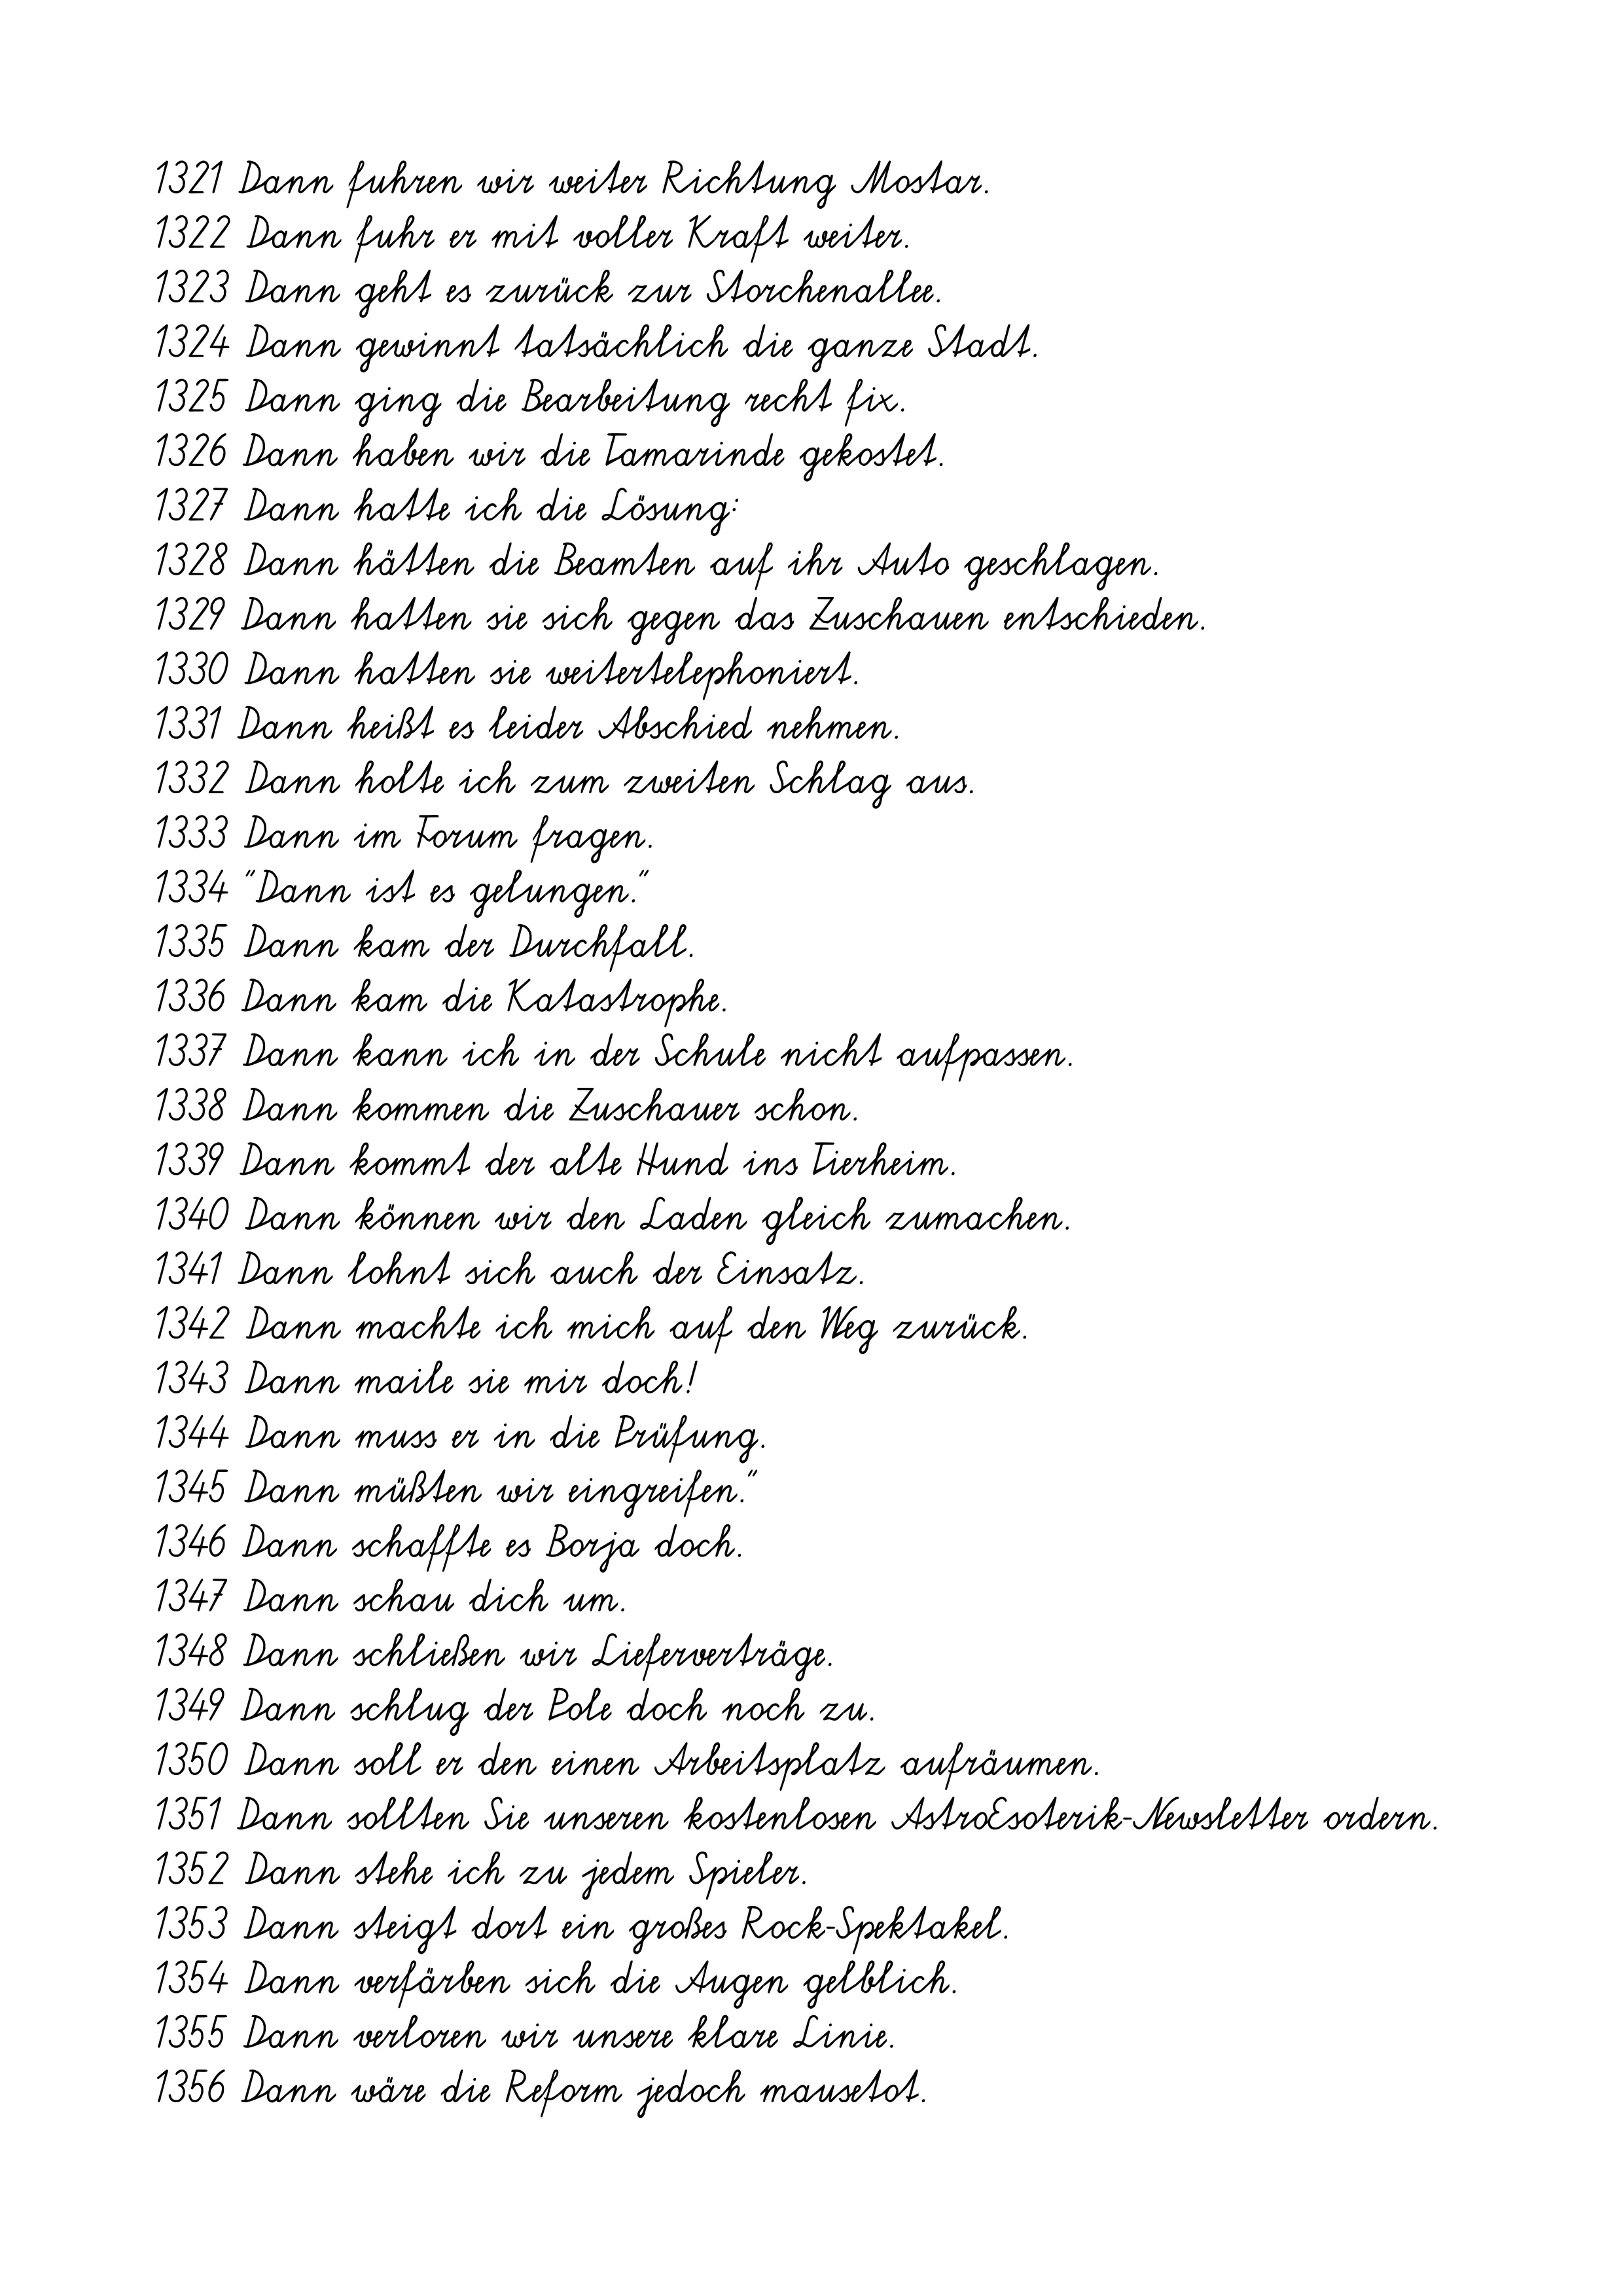
1321 Dann fuhren wir weiter Richtung Mostar.
1322 Dann fuhr er mit voller Kraft weiter.
1323 Dann geht es zurück zur Storchenallee.
1324 Dann gewinnt tatsächlich die ganze Stadt.
1325 Dann ging die Bearbeitung recht fix.
1326 Dann haben wir die Tamarinde gekostet.
1327 Dann hatte ich die Lösung:
1328 Dann hätten die Beamten auf ihr Auto geschlagen.
1329 Dann hatten sie sich gegen das Zuschauen entschieden.
1330 Dann hatten sie weitertelephoniert.
1331 Dann heißt es leider Abschied nehmen.
1332 Dann holte ich zum zweiten Schlag aus.
1333 Dann im Forum fragen.
1334 "Dann ist es gelungen."
1335 Dann kam der Durchfall.
1336 Dann kam die Katastrophe.
1337 Dann kann ich in der Schule nicht aufpassen.
1338 Dann kommen die Zuschauer schon.
1339 Dann kommt der alte Hund ins Tierheim.
1340 Dann können wir den Laden gleich zumachen.
1341 Dann lohnt sich auch der Einsatz.
1342 Dann machte ich mich auf den Weg zurück.
1343 Dann maile sie mir doch!
1344 Dann muss er in die Prüfung.
1345 Dann müßten wir eingreifen."
1346 Dann schaffte es Borja doch.
1347 Dann schau dich um.
1348 Dann schließen wir Lieferverträge.
1349 Dann schlug der Pole doch noch zu.
1350 Dann soll er den einen Arbeitsplatz aufräumen.
1351 Dann sollten Sie unseren kostenlosen AstroEsoterik-Newsletter ordern.
1352 Dann stehe ich zu jedem Spieler.
1353 Dann steigt dort ein großes Rock-Spektakel.
1354 Dann verfärben sich die Augen gelblich.
1355 Dann verloren wir unsere klare Linie.
1356 Dann wäre die Reform jedoch mausetot.